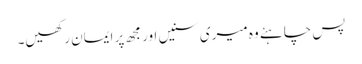
پس چاہئے وہ میری سنیں اور مجھ پر ایمان رکھیں۔